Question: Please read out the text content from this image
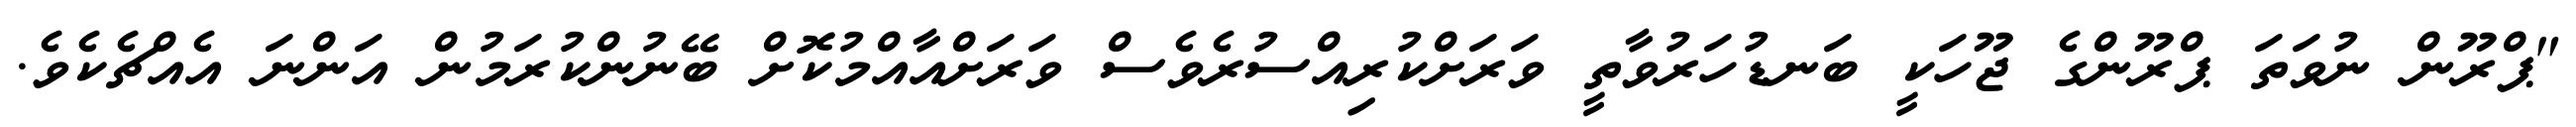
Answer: "ޕްރޫން ނުވަތަ ޕްރޫންގެ ޖޫހަކީ ބަނޑުހަރުވާތީ ވަރަށްކުރިއްސުރެވެސް ވަރަށްއާއްމުކޮށް ބޭނުންކުރަމުން އަންނަ އެއްޗެކެވެ.